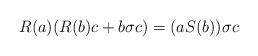
LaTeX: \begin{align*} R(a)(R(b)c +b\sigma c) = (aS(b))\sigma c\end{align*}